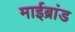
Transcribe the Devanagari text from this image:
माईब्रांड